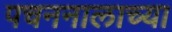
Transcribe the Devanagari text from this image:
पचननालाच्या